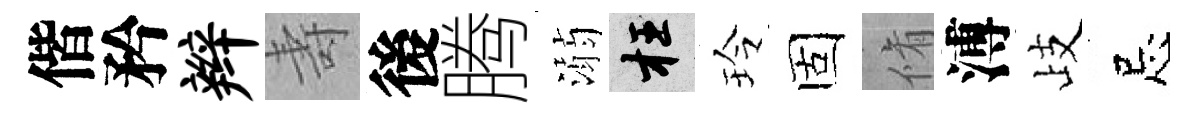
偕矜辫壽後腾溺枉玲固脩溥歧忌